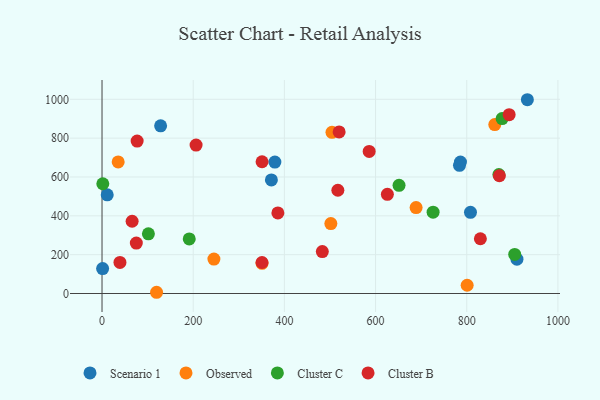
{"axis": {"x": "Price", "y": "Sales"}, "legend": ["Cluster B", "Cluster C", "Observed", "Scenario 1"], "data": [{"x": "371.5", "y": 584.9, "type": "Scenario 1"}, {"x": "11.4", "y": 508.2, "type": "Scenario 1"}, {"x": "786.2", "y": 677.0, "type": "Scenario 1"}, {"x": "910.1", "y": 176.6, "type": "Scenario 1"}, {"x": "1.3", "y": 128.4, "type": "Scenario 1"}, {"x": "128.5", "y": 863.5, "type": "Scenario 1"}, {"x": "784.1", "y": 660.0, "type": "Scenario 1"}, {"x": "933.0", "y": 997.8, "type": "Scenario 1"}, {"x": "379.1", "y": 676.7, "type": "Scenario 1"}, {"x": "808.2", "y": 418.2, "type": "Scenario 1"}, {"x": "688.9", "y": 442.2, "type": "Observed"}, {"x": "800.9", "y": 42.5, "type": "Observed"}, {"x": "501.9", "y": 360.0, "type": "Observed"}, {"x": "119.6", "y": 6.3, "type": "Observed"}, {"x": "504.4", "y": 830.1, "type": "Observed"}, {"x": "35.4", "y": 677.4, "type": "Observed"}, {"x": "351.0", "y": 155.6, "type": "Observed"}, {"x": "861.5", "y": 869.6, "type": "Observed"}, {"x": "245.4", "y": 177.4, "type": "Observed"}, {"x": "101.7", "y": 307.1, "type": "Cluster C"}, {"x": "905.2", "y": 201.2, "type": "Cluster C"}, {"x": "877.6", "y": 900.6, "type": "Cluster C"}, {"x": "191.3", "y": 280.8, "type": "Cluster C"}, {"x": "1.7", "y": 565.1, "type": "Cluster C"}, {"x": "870.5", "y": 612.2, "type": "Cluster C"}, {"x": "726.2", "y": 419.0, "type": "Cluster C"}, {"x": "651.5", "y": 556.8, "type": "Cluster C"}, {"x": "586.0", "y": 731.4, "type": "Cluster B"}, {"x": "77.0", "y": 784.9, "type": "Cluster B"}, {"x": "893.0", "y": 920.7, "type": "Cluster B"}, {"x": "351.0", "y": 678.5, "type": "Cluster B"}, {"x": "39.3", "y": 160.2, "type": "Cluster B"}, {"x": "520.1", "y": 832.0, "type": "Cluster B"}, {"x": "829.9", "y": 282.0, "type": "Cluster B"}, {"x": "517.3", "y": 531.7, "type": "Cluster B"}, {"x": "625.9", "y": 510.7, "type": "Cluster B"}, {"x": "871.6", "y": 606.3, "type": "Cluster B"}, {"x": "350.9", "y": 159.5, "type": "Cluster B"}, {"x": "66.0", "y": 372.1, "type": "Cluster B"}, {"x": "483.2", "y": 215.7, "type": "Cluster B"}, {"x": "206.3", "y": 764.3, "type": "Cluster B"}, {"x": "75.2", "y": 259.5, "type": "Cluster B"}, {"x": "385.7", "y": 414.8, "type": "Cluster B"}]}